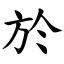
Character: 於